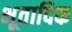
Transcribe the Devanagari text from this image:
भूतादिक